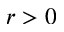
r > 0